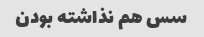
سس هم نذاشته بودن